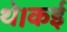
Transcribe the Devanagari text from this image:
थे।कई